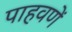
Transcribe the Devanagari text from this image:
पाहवणें